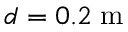
d = 0 . 2 \; \mathrm { m }